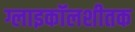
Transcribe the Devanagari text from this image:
ग्लाइकॉलशीतक